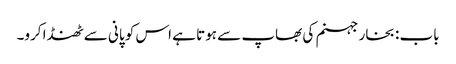
باب : بخار جہنم کی بھاپ سے ہوتا ہے اس کو پانی سے ٹھنڈا کرو۔